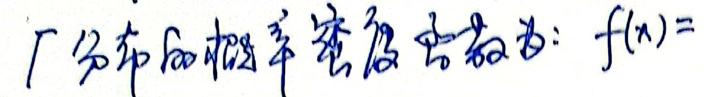
$\Gamma$分布的概率密度函数为: $f(x)=$